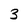
Character: 3